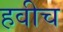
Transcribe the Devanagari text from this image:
हवीच